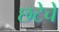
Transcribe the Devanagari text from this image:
छटेचे